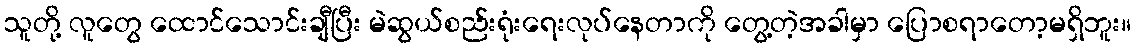
သူတို့ လူတွေ ထောင်သောင်းချီပြီး မဲဆွယ်စည်းရုံးရေးလုပ်နေတာကို တွေ့တဲ့အခါမှာ ပြောစရာတော့မရှိဘူး။